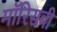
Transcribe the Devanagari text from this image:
मॉरिसबी